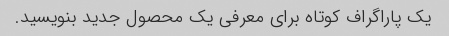
یک پاراگراف کوتاه برای معرفی یک محصول جدید بنویسید.